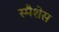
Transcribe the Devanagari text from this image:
स्मैशेस